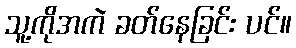
သူ့ကိုအကဲ ခတ်နေခြင်း ပင်။